Leaving Certificate Examination, 1914
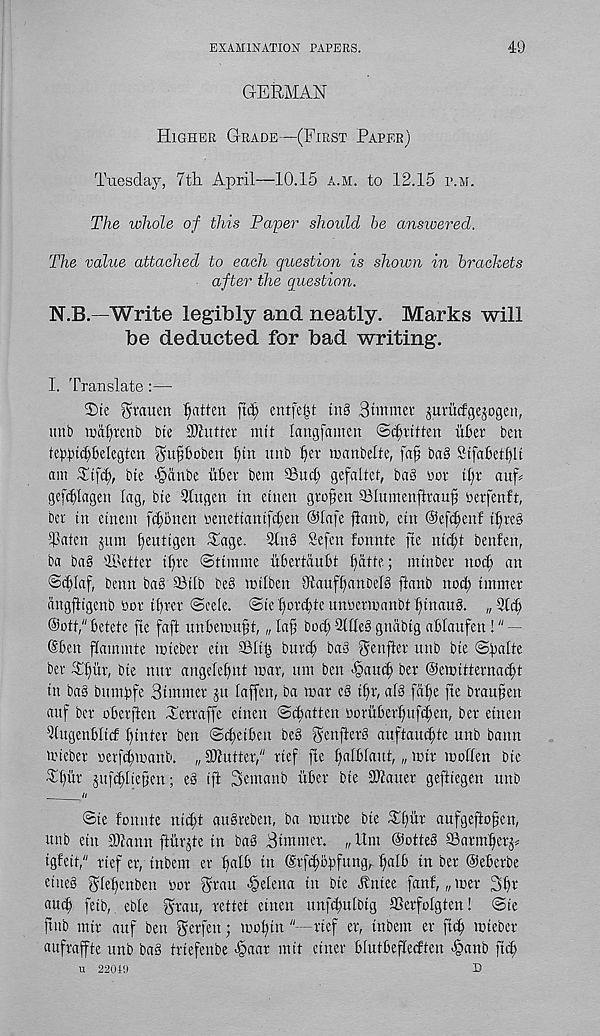
EXAMINATION PAPERS.
49
GERMAN
Higher Grade—(First Paper)
Tuesday, 7th. April—10.15 a.m. to 12.15 p.m.
The whole of this Paper should be ansioered.
The value attached to each question is shown in brackets
after the question.
N.B.—Write legibly and neatly. Marks will
be deducted for bad writing.
I. Translate:—
T)te ^ratten fatten fid) entfdit ut§ Simmer jurMgejogen,
unb miRrenb bte Mutter mtt langfamen ©Written uter ben
teptncfTelegten Ru^boben l)tn unb bd - manbelte, faf ba§ Stfabetf)lt
am Ttf(b, bte -§dnbe uber bem 93ud; gefaltet, ba§ nor ttyr a up
gefcblagen lag, bte 2(ugcn in etnen grojten Tlumeuftraup berfenft,
ber in etnem fd;bnen »enettanifd;en ®lafe fianb, ein @efd;enf ibreb
Raten jam bdttigen Tage. 3ln§ Sefen fonnte fie nid;t benfen,
ba ba§ ©etter ibre ©ttmme iibertdubt bMte; mtnber nocb an
©(blaf, bettn ba§ ©tlb be§ mtlben 91attfbanbel§ ftanb nocb imtner
angfiigenb bor tbrcr ©cele. ©ieborcbte unbermanbtbtnaug. „2tcb
@ott," betete fie faft unbemubt „ lab bocb 211Ie§ gndbig ablaufen!" —
©ben fiammte mteber ein SSltb burcb bao ^enfier unb bte ©balte
ber Tbitr, bie nttr angelebnt mar, urn ben >§aucb ber ©emitternacbt
in ba§ bttmbfe Simmer ju laffen, ba mar e8 ibr, af3 [cibe fie brauben
attf ber oberften Terraffe etnett ©(batten ooruberbufd;en, ber etnen
litgetibltcf binter ben ©tbeiben beb Renfterb auftaucbte unb bann
mteber oerfd;manb. „ Mutter," rtef fte b«lblaut, „ mir mollen bte
Tbur jufcblieben; eb ift Setnanb uber bte Matter geftiegen unb
_//
©ie fonnte nid;t aubreben, ba murbe bte Tbitr aufgeftoben,
unb etn Mann ftiipte in ba§ Simmer. „ Urn @otte§ SSarmberp
igfett," rtef er, tnbem ev b^lb in ©rfcbobfung, baib in ber ©eberbe
dne§ glebenben oor gran Helena in bte Aniee fanf, „ mer 3b^'
au<b fetb, eble Rrau, rettet einen unfcbulbtg ©erfolgten! ©ie
ftnb mir auf ben gerfett; mobtn "—rtef er, tnbem er ftib mteber
aufraffte unb ba§ triefenbe -§aar mtt einer blutbeflecften >§anb ftib
u 22019
D